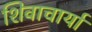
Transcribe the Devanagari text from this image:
शिवाचार्या